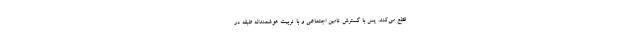
قطع می‌کند. پس با گسترش تامین اجتماعی و با تربیت هوشمندانه طبقه در